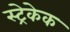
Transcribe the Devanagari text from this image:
स्ट्रेकेक